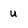
Character: U